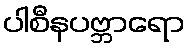
ပါစီနပဗ္ဘာရော